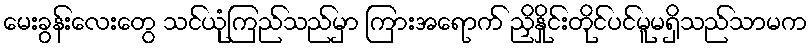
မေးခွန်းလေးတွေ သင်ယုံကြည်သည်မှာ ကြားအရောက် ညှိနှိုင်းတိုင်ပင်မူမရှိသည်သာမက